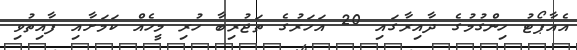
އެއާޕޯޓު ހިންގުމުގެ ދާއިރާގައި 20 އަހަރުގެ ތަޖުރިބާ ހުރި މީހެއް ކަމަށާއި ފާއިތުވި